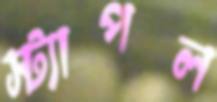
স্ট্যাপল